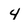
Character: 4